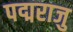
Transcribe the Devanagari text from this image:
पद्मराजु